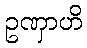
ဥဏှာဟိ